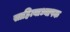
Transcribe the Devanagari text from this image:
साहित्याध्यापक